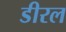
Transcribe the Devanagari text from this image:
डीरल